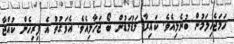
ހަމަޖެހިލަމުން ބުނެލިއެވެ. ކައިިރާ މަޑުމަޑުން ބޯ ޖަހާލިއެވެ. އެވަގުތު އެ ފިރިހެން ކުއްޖާ